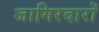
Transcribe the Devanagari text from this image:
जागिरदारों